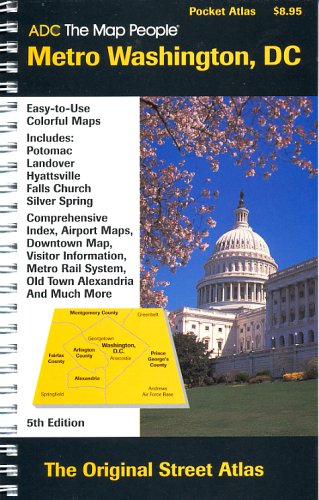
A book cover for ADC the Map People Metro Washington, DC. Pocket Atlas (Laminated Folding Maps); Travel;